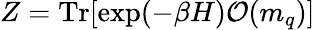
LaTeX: Z=\mathrm{Tr}[\exp(-\beta H){\cal O}(m_{q})]